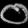
Digit: ၀